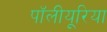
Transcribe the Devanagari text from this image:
पॉलीयूरिया